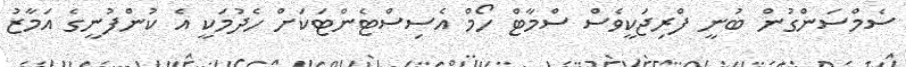
ސެމްސަންގުން ބުނީ ފްރިޖަކީވެސް ސްމާޓް ހޯމް އެސިސްޓެންޓަކަށް ހެދުމަކީ އެ ކުންފުނީގެ އަމާޒު